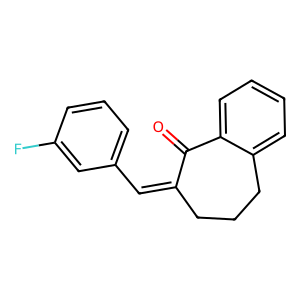
SMILES: O=C1C(=Cc2cccc(F)c2)CCCc2ccccc21
Inhibits HIV replication: No